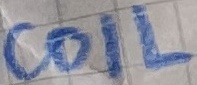
Text: COIL